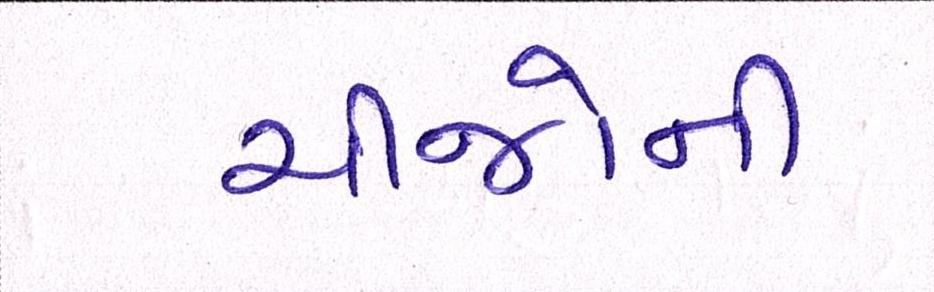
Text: ચીજોની